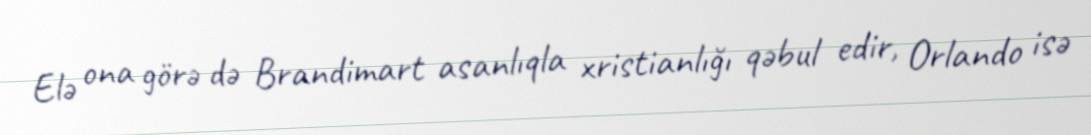
Elə ona görə də Brandimart asanlıqla xristianlığı qəbul edir, Orlando isə